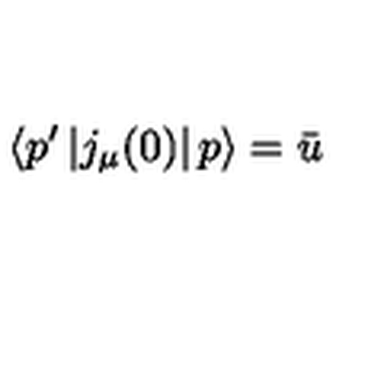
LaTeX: \left\langle p ^ { \prime } \left| j _ { \mu } ( 0 ) \right| p \right\rangle = \bar { u }